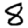
Digit: 8